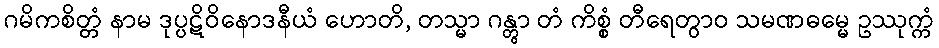
ဂမိကစိတ္တံ နာမ ဒုပ္ပဋိဝိနောဒနီယံ ဟောတိ, တသ္မာ ဂန္တွာ တံ ကိစ္စံ တီရေတွာဝ သမဏဓမ္မေ ဥဿုက္ကံ